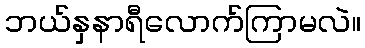
ဘယ်နှနာရီလောက်ကြာမလဲ။